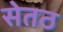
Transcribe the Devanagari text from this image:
सेतठ